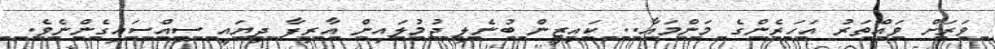
ވަރަށް ވައްތަރު އަހަރެންގެ މަންމައާ.. ކައިޒީން ބުނެލި ޖުމުލައިން އާރިފާ ދިޔައީ ސިއްސައިގެންނެވެ.